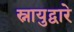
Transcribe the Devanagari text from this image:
स्नायुद्वारे